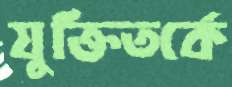
যুক্তিতর্কে